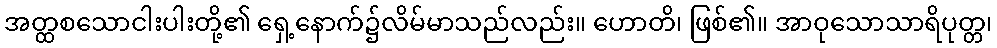
အတ္ထစသောငါးပါးတို့၏ ရှေ့နောက်၌လိမ်မာသည်လည်း။ ဟောတိ၊ ဖြစ်၏။ အာဝုသောသာရိပုတ္တ၊